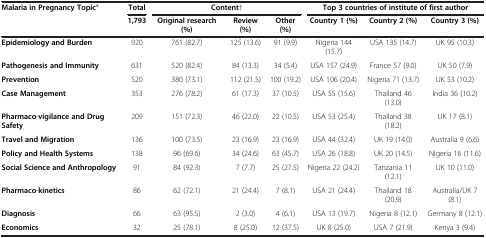
| Malaria in Pregnancy Topic* | Total | <COLSPAN=3> Content† | <COLSPAN=3> Top 3 countries of institute of first author |
 |  | 1,793 | Original research (%) | Review (%) | Other (%) | Country 1 (%) | Country 2 (%) | Country 3 (%) |
 | --- | --- | --- | --- | --- | --- | --- | --- |
 | Epidemiology and Burden | 920 | 761 (82.7) | 125 (13.6) | 91 (9.9) | Nigeria 144 (15.7) | USA 135 (14.7) | UK 95 (10.3) |
 | Pathogenesis and Immunity | 631 | 520 (82.4) | 84 (13.3) | 34 (5.4) | USA 157 (24.9) | France 57 (9.0) | UK 50 (7.9) |
 | Prevention | 520 | 380 (73.1) | 112 (21.5) | 100 (19.2) | USA 106 (20.4) | Nigeria 71 (13.7) | UK 53 (10.2) |
 | Case Management | 353 | 276 (78.2) | 61 (17.3) | 37 (10.5) | USA 55 (15.6) | Thailand 46 (13.0) | India 36 (10.2) |
 | Pharmaco-vigilance and Drug Safety | 209 | 151 (72.3) | 46 (22.0) | 22 (10.5) | USA 53 (25.4) | Thailand 38 (18.2) | UK 17 (8.1) |
 | Travel and Migration | 136 | 100 (73.5) | 23 (16.9) | 23 (16.9) | USA 44 (32.4) | UK 19 (14.0) | Australia 9 (6.6) |
 | Policy and Health Systems | 138 | 96 (69.6) | 34 (24.6) | 63 (45.7) | USA 26 (18.8) | UK 20 (14.5) | Nigeria 16 (11.6) |
 | Social Science and Anthropology | 91 | 84 (92.3) | 7 (7.7) | 25 (27.5) | Nigeria 22 (24.2) | Tanzania 11 (12.1) | UK 10 (11.0) |
 | Pharmaco-kinetics | 86 | 62 (72.1) | 21 (24.4) | 7 (8.1) | USA 21 (24.4) | Thailand 18 (20.9) | Australia/UK 7 (8.1) |
 | Diagnosis | 66 | 63 (95.5) | 2 (3.0) | 4 (6.1) | USA 13 (19.7) | Nigeria 8 (12.1) | Germany 8 (12.1) |
 | Economics | 32 | 25 (78.1) | 8 (25.0) | 12 (37.5) | UK 8 (25.0) | USA 7 (21.9) | Kenya 3 (9.4) |